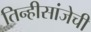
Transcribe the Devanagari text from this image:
तिन्हीसांजेची